Lunatic asylums United Provinces 1899-1908 - 1899-1908
Year: 1899
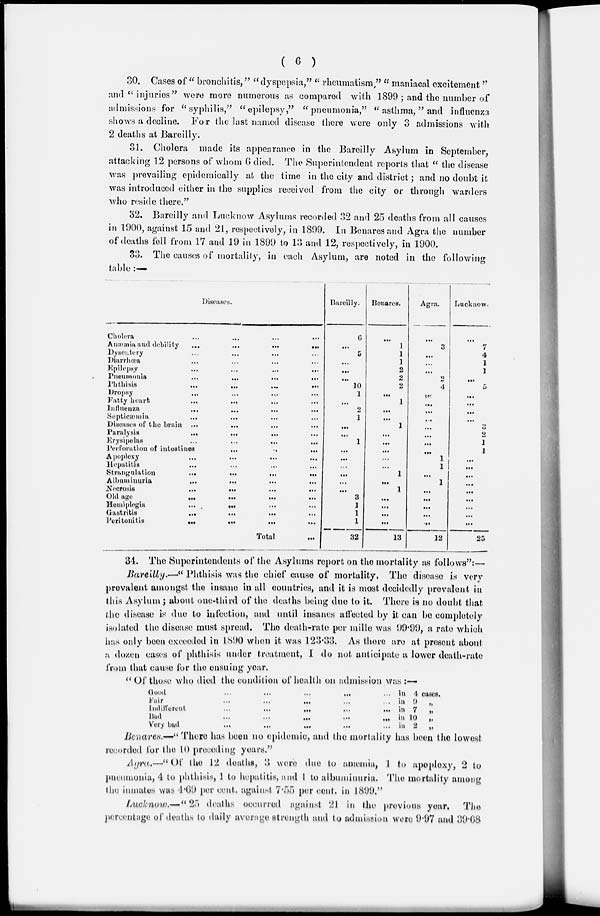
( 6 )
30. Cases of " bronchitis," " dyspepsia," " rheumatism," " maniacal excitement"
and " injuries" were more numerous as compared with 1899 ; and the number of
admissions for "syphilis," "epilepsy," "pneumonia," " asthma," and influenza
shows a decline. For the last named disease there were only 3 admissions with
2 deaths at Bareilly.
31. Cholera made its appearance in the Bareilly Asylum in September,
attacking 12 persons of whom 6 died. The Superintendent reports that " the disease
was prevailing epidemically at the time in the city and district; and no doubt it
was introduced either in the supplies received from the city or through warders
who reside there."
32. Bareilly and Lucknow Asylums recorded 32 and 25 deaths from all causes
in 1900, against 15 and 21, respectively, in 1899. In Benares and Agra the number
of deaths fell from 17 and 19 in 1899 to 13 and 12, respectively, in 1900.
33. The causes of mortality, in each Asylum, are noted in the following
table :—
Diseases.
Cholera
...
...
...
...
A næmia and debility
...
...
...
...
Dysentery ... ... ... ...
Diarrhœa ... ... ... ...
Epilepsy
...
...
...
...
Pneumonia
...
...
...
...
Phthisis
...
...
...
...
Dropsy ... ... ... ...
Fatty heart ... ... ... ...
Influenza
...
...
...
...
Septicæmia
...
...
...
...
Diseases of the brain ... ... ... ...
Paralysis
...
...
...
...
Erysipelas
...
...
...
...
Perforation of intestines
...
...
...
Apoplexy
...
...
...
...
Hepatitis
...
...
...
...
Strangulation
...
...
...
...
Albuminuria
...
...
...
...
Nocrosis
...
...
...
...
Old age
...
...
...
...
Hemiplegia
...
...
...
...
Gastritis
...
...
...
...
Peritonitis
...
...
...
...
Total ...
Hardily.
6
...
5
...
...
...
10
1
...
2
1
...
...
1
...
...
...
...
...
...
3
1
1
1
32
Benares.
...
1
1
1
2
2
2
...
1
...
...
1
...
...
...
...
...
1
...
1
...
...
...
...
13
Agra.
...
3
...
...
...
2
4
...
...
...
...
...
...
...
...
1
1
...
1
...
...
...
...
...
12
Lucknow.
...
7
4
1
1
...
5
...
...
...
...
3
2
1
1
...
...
...
...
...
...
...
...
...
25
34. The Superintendents of the Asylums report on the mortality as follows":—
Bareilly,—" Phthisis was the chief cause of mortality. The disease is very
prevalent amongst the insane in all countries, and it is most decidedly prevalent in
this Asylum; about one-third of the deaths being due to it. There is no doubt that
the disease is due to infection, and until insanes affected by it can be completely
isolated the disease must spread. The death-rate per mille was 99.99, a rate which
has only been exceeded in 1890 when it was 123.33. As there are at present about
a dozen cases of phthisis under treatment, I do not anticipate a lower death-rate
from that cause for the ensuing year.
" Of those who died the condition of health on admission was :—
Good
...
...
...
...
...
Fair
...
...
...
...
...
Indifferent
...
...
...
...
...
Bad
...
...
...
...
...
Very
bad
...
...
...
...
...
in 4 cases.
in 9 „
in 7
„
in 10
„
in 2
„
Benares.—" There has been no epidemic, and the mortality has been the lowest
recorded for the 10 preceding years."
Agra—"of the 12 deaths, 3 were due to anæmia, 1 to apoplexy, 2 to
pneumonia, 4 to phthisis, 1 to hepatitis, and 1 to albuminuria. The mortality among
the inmates was 4.69 per cent, against 7.55 per cent, in 1899."
Lucknow.—" 25 deaths occurred against 21 in the previous year. The
percentage of deaths to daily average strength and to admission were 9.97 and 39.68